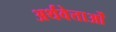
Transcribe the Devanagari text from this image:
अर्थवेत्ताओं